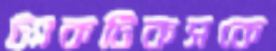
ট্যাকটিকসকে